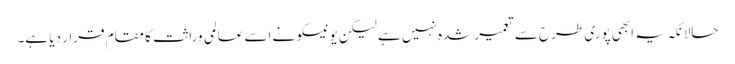
حالانکہ یہ ابھی پوری طرح سے تعمیرشدہ نہیں ہے لیکن یونیسکو نے اسے عالمی وراثت کا مقام قرار دیا ہے۔